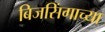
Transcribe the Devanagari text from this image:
बिजसिंगाच्या